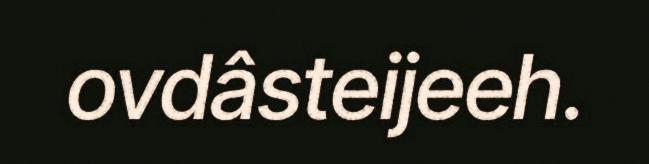
ovdâsteijeeh.